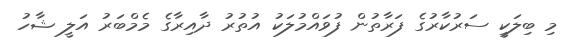
މި ބިލަކީ ސަރުކާރުގެ ފަރާތުން ފުވައްމުލަކު އުތުރު ދާއިރާގެ މެމްބަރު އަލީ ޝާހު